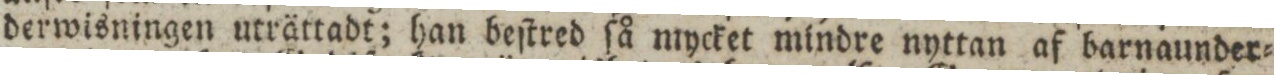
derwisningen uträttadt; han beſtred ſå mycket mindre nyttan af barnaunder=